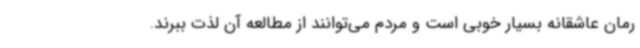
رمان عاشقانه بسیار خوبی است و مردم می‌توانند از مطالعه آن لذت ببرند.